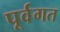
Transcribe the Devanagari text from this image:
पूर्वगत